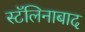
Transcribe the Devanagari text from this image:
स्टॅलिनाबाद